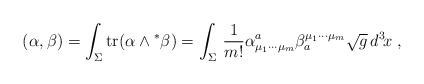
LaTeX: \begin{align*} (\alpha , \beta) = \int_{\Sigma}^{} {\rm tr}(\alpha \wedge {}^\ast \beta) = \int_{\Sigma}^{}\, \frac{1}{m!}\alpha^a_{\mu_1\cdots\mu_m} \beta_a^{\mu_1\cdots\mu_m}\sqrt{g}\,d^3\! x \;,\end{align*}